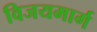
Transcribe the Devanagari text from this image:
विजयमार्ग